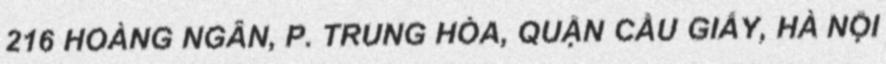
216 HOÀNG NGÂN, P. TRUNG HÒA, QUẬN CẦU GIẤY, HÀ NỘI